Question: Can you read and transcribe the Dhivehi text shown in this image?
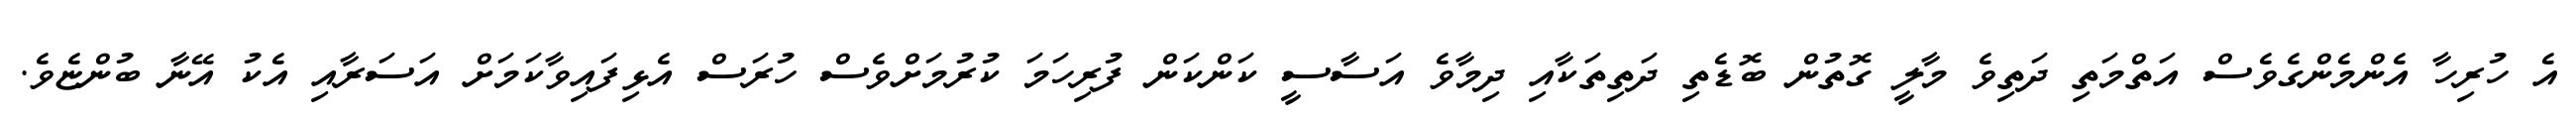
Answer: އެ ހުރިހާ އެންމެންގެވެސް އަތްމަތި ދަތިވެ މާލީ ގޮތުން ބޮޑެތި ދަތިތަކާއި ދިމާވެ އަސާސީ ކަންކަން ފުރިހަމަ ކުރުމަށްވެސް ހުރަސް އެޅިފައިވާކަމަށް އަސަރާއި އެކު އޭނާ ބުންޏެވެ.